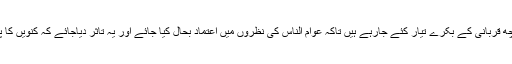
دوسرے الفاظ میں کچھ قربانی کے بکرے تیار کئے جارہے ہیں تاکہ عوام الناس کی نظروں میں اعتماد بحال کیا جائے اور یہ تاثر دیاجائے کہ کنویں کا پانی صاف ہوگیاہے ۔